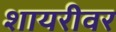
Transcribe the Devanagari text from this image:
शायरीवर